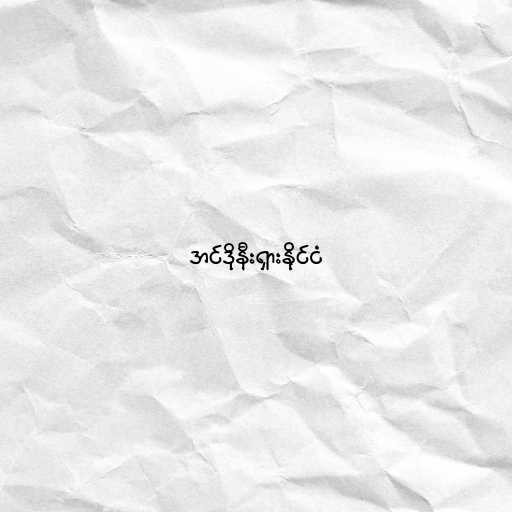
အင်ဒိုနီးရှားနိုင်ငံ